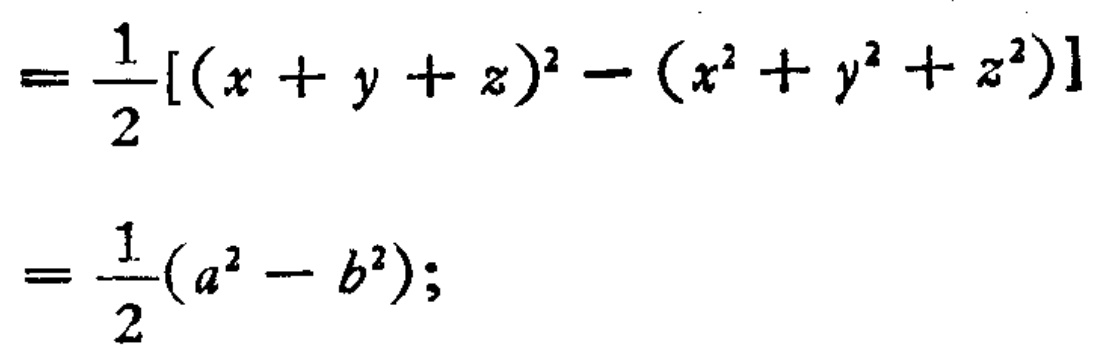
\[
\begin{align*}
&=\frac{1}{2}[(x + y + z)^2-(x^{2}+y^{2}+z^{2})]\\
&=\frac{1}{2}(a^{2}-b^{2});
\end{align*}
\]